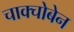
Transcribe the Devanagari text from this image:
चाक्चोबेन